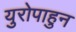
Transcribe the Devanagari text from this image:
युरोपाहुन